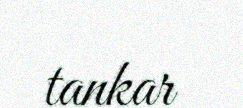
tankar